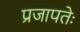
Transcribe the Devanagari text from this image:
प्रजापतेः